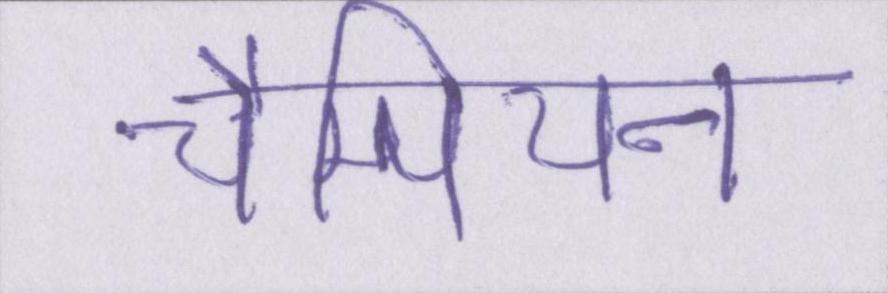
चैम्पियन